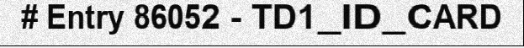
# Entry 86052 - TD1_ID_CARD